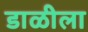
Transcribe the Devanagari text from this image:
डाळीला